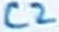
Text: C2